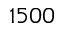
1 5 0 0